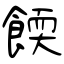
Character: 餪